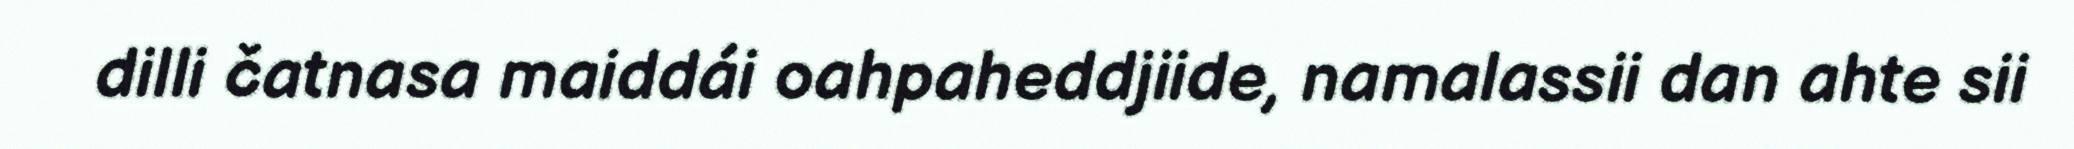
dilli čatnasa maiddái oahpaheddjiide, namalassii dan ahte sii